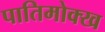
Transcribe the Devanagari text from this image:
पातिमोक्ख